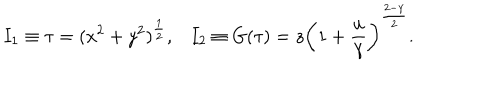
I _ { 1 } \equiv \tau = ( x ^ { 2 } + y ^ { 2 } ) ^ { \frac { 1 } { 2 } } , I _ { 2 } \equiv G ( \tau ) = z \left( 1 + { \frac { u } { \gamma } } \right) ^ { \frac { 2 - \gamma } { 2 } } .